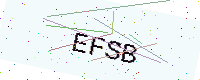
Text: EFSB